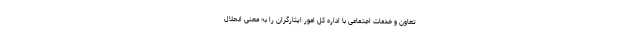
تعاون و خدمات اجتماعی با اداره کل امور ایثارگران را به معنی انحلال